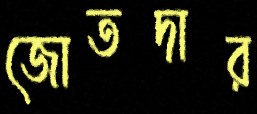
জোতদার